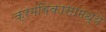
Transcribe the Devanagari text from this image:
क्रमविकासामध्ये